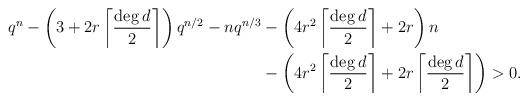
LaTeX: \begin{align*}q^n-\left(3+2r\left\lceil\frac{\deg d}{2}\right\rceil\right)q^{n/2} -nq^{n/3} &-\left(4r^2\left\lceil\frac{\deg d}{2}\right\rceil + 2r\right)n \\ &-\left(4r^2\left\lceil\frac{\deg d}{2}\right\rceil + 2r\left\lceil\frac{\deg d}{2}\right\rceil\right) > 0.\end{align*}